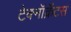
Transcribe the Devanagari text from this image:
टेक्नॉक्रॅटस